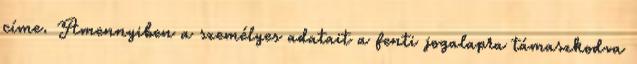
címe. Amennyiben a személyes adatait a fenti jogalapra támaszkodva